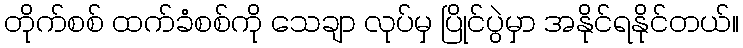
တိုက်စစ် ထက်ခံစစ်ကို သေချာ လုပ်မှ ပြိုင်ပွဲမှာ အနိုင်ရနိုင်တယ်။